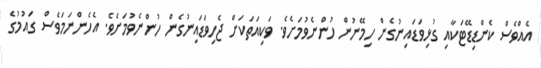
އެއްވެސް ކެންޑިޑޭޓަކާއި ގުޅިވަޑައިނުގެން ހިމޭނުން ހުންނެވުމަށެވެ. ވަކިއަތަކަށް ޖެހިވަޑައިނުގެން ހުންނެވުމަށެވެ. އެހެންނަމަވެސް ގައުމުގެ